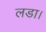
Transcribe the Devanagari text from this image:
लडा।